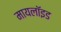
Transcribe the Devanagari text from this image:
मायलॉइड